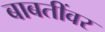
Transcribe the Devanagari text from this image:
बाबतींवर